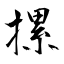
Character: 摞